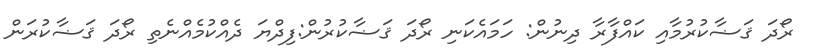
ރޯދަ ޤަޟާކުރުމާއި ކައްފާރާ ދިނުން: ހަމައެކަނި ރޯދަ ޤަޟާކުރުން:ފިދްޔަ ދެއްކުމެއްނެތި ރޯދަ ޤަޟާކުރަން